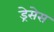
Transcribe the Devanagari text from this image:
ड्रेसेस